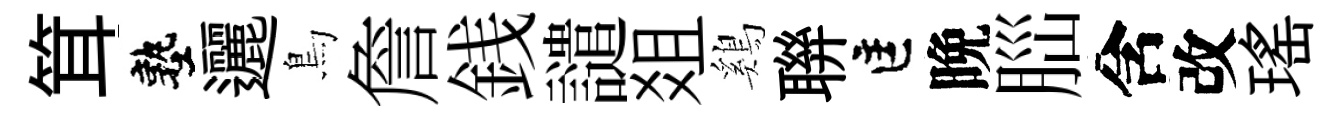
䇯塾邐鳥詹銭譴爼鷄聨匡晩𦛁含改瑤